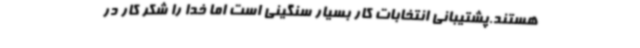
هستند.پشتیبانی انتخابات کار بسیار سنگینی است اما خدا را شکر کار در